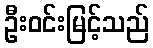
ဦးဝင်းမြင့်သည်